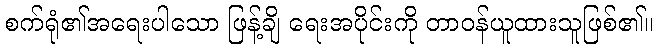
စက်ရုံ၏အရေးပါသော ဖြန့်ချိ ရေးအပိုင်းကို တာဝန်ယူထားသူဖြစ်၏။